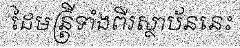
ដៃមន្ត្រីទាំងពីរស្ថាប័ននេះ